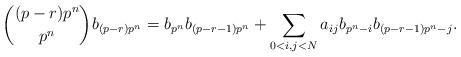
LaTeX: \begin{align*}\binom{(p-r)p^n}{p^n} b_{(p-r)p^n} = b_{p^n}b_{(p-r-1)p^n} + \sum_{0 < i,j < N} a_{ij}b_{p^n-i}b_{(p-r-1)p^n-j}.\end{align*}